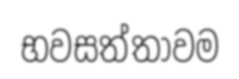
භවසත්තාවම